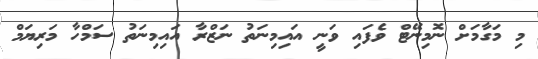
މި މަގާމަށް ނޮމިނޭޓް ވެފައި ވަނީ އައިމިނަތު ނަޒްރާ އައިމިނަތު ސަމްހާ މަރިޔަމް